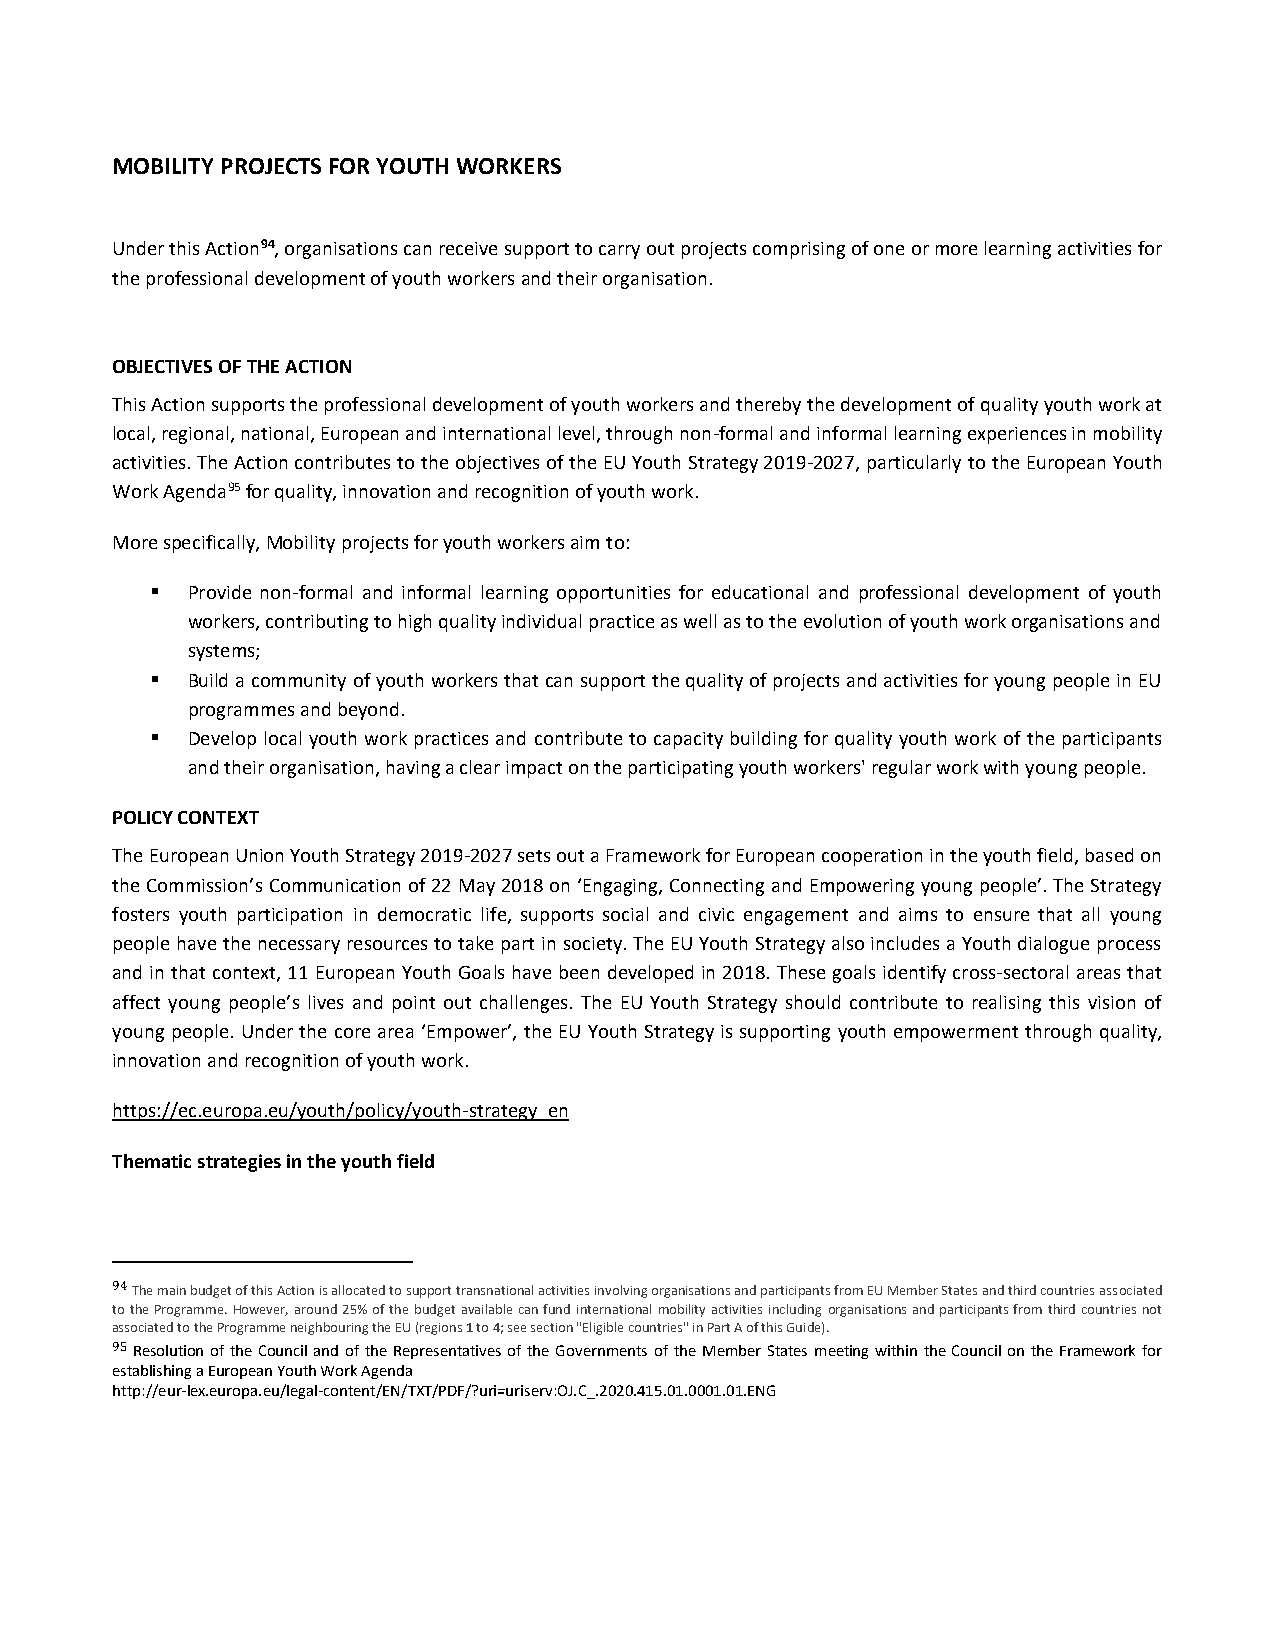
MOBILITY PROJECTS FOR YOUTH WORKERS
 Under this Action94, organisations can receive support to carry out projects comprising of one or more learning activities for
 the professional development of youth workers and their organisation.
 OBJECTIVES OF THE ACTION
 This Action supports the professional development of youth workers and thereby the development of quality youth work at
 local, regional, national, European and international level, through non-formal and informal learning experiences in mobility
 activities. The Action contributes to the objectives of the EU Youth Strategy 2019-2027, particularly to the European Youth
 Work Agenda95 for quality, innovation and recognition of youth work.
 More specifically, Mobility projects for youth workers aim to:
  Provide non-formal and informal learning opportunities for educational and professional development of youth
 workers, contributing to high quality individual practice as well as to the evolution of youth work organisations and
 systems;
  Build a community of youth workers that can support the quality of projects and activities for young people in EU
 programmes and beyond.
  Develop local youth work practices and contribute to capacity building for quality youth work of the participants
 and their organisation, having a clear impact on the participating youth workers' regular work with young people.
 POLICY CONTEXT
 The European Union Youth Strategy 2019-2027 sets out a Framework for European cooperation in the youth field, based on
 the Commission’s Communication of 22 May 2018 on ‘Engaging, Connecting and Empowering young people’. The Strategy
 fosters youth participation in democratic life, supports social and civic engagement and aims to ensure that all young
 people have the necessary resources to take part in society. The EU Youth Strategy also includes a Youth dialogue process
 and in that context, 11 European Youth Goals have been developed in 2018. These goals identify cross-sectoral areas that
 affect young people’s lives and point out challenges. The EU Youth Strategy should contribute to realising this vision of
 young people. Under the core area ‘Empower’, the EU Youth Strategy is supporting youth empowerment through quality,
 innovation and recognition of youth work.
 https://ec.europa.eu/youth/policy/youth-strategy_en
 Thematic strategies in the youth field
 94 The main budget of this Action is allocated to support transnational activities involving organisations and participants from EU Member States and third countries associated
 to the Programme. However, around 25% of the budget available can fund international mobility activities including organisations and participants from third countries not
 associated to the Programme neighbouring the EU (regions 1 to 4; see section "Eligible countries" in Part A of this Guide).
 95 Resolution of the Council and of the Representatives of the Governments of the Member States meeting within the Council on the Framework for
 establishing a European Youth Work Agenda
 http://eur-lex.europa.eu/legal-content/EN/TXT/PDF/?uri=uriserv:OJ.C_.2020.415.01.0001.01.ENG